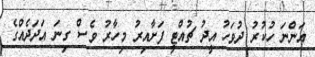
އަންނަ ހުކުރު ދުވަހު އީދު ޗުއްޓީ ފަށާއިރު މިހާރު ވެސް ގިނަ އަދަދެއްގެ